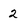
Character: 2